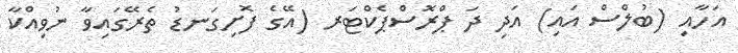
އަހާއި (ބުލްސް އައި) އަދި ދަ ޕްރޮސްޕެކްޓަރ (އޭގެ ފޮށިގަނޑު ތެރޭގައިވާ ނުވިއްކާ